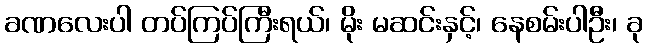
ခဏလေးပါ တပ်ကြပ်ကြီးရယ်၊ မိုး မဆင်းနှင့်၊ နေစမ်းပါဦး၊ ခု